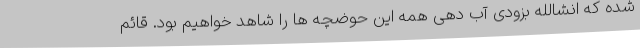
شده که انشالله بزودی آب دهی همه این حوضچه ها را شاهد خواهیم بود. قائم